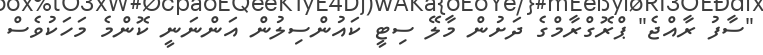
"ސާފު ރާއްޖެ" ޕްރޮގްރާމްގެ ދަށުން މާލޭ ސިޓީ ކައުންސިލުން އަންނަނީ ކޮންމެ މަހަކުވެސް